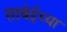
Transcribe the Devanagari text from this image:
ताबेईच्या